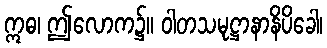
ဣဓ၊ ဤလောက၌။ ဝါတသမုဋ္ဌာနာနိပိခေါ၊